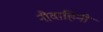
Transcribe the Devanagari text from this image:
नौवाहिनी